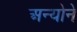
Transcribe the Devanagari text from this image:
अन्योने